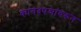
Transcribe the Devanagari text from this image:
कागदपञांवरून